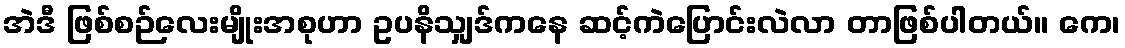
အဲဒီ ဖြစ်စဉ်လေးမျိုးအစုဟာ ဥပနိသျှဒ်ကနေ ဆင့်ကဲပြောင်းလဲလာ တာဖြစ်ပါတယ်။ ကေ၊